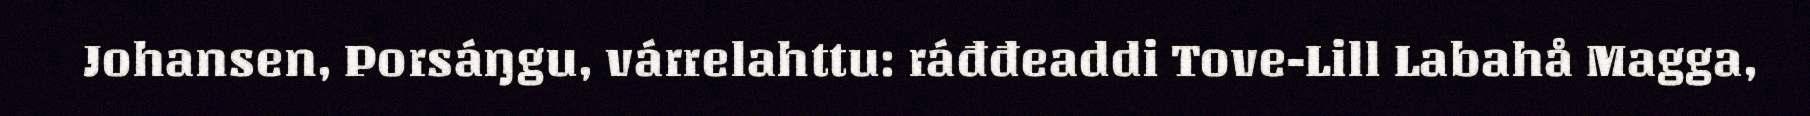
Johansen, Porsáŋgu, várrelahttu: ráđđeaddi Tove-Lill Labahå Magga,